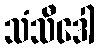
သံသီဒေါ